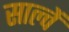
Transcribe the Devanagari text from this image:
साल्वें